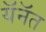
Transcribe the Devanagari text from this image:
यॅनॅत